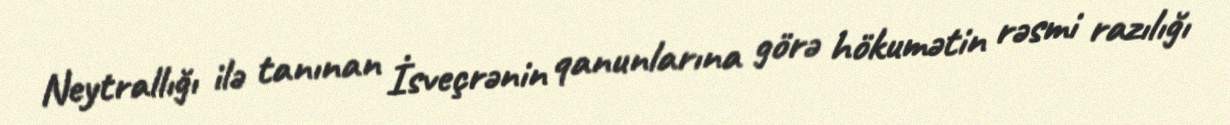
Neytrallığı ilə tanınan İsveçrənin qanunlarına görə hökumətin rəsmi razılığı